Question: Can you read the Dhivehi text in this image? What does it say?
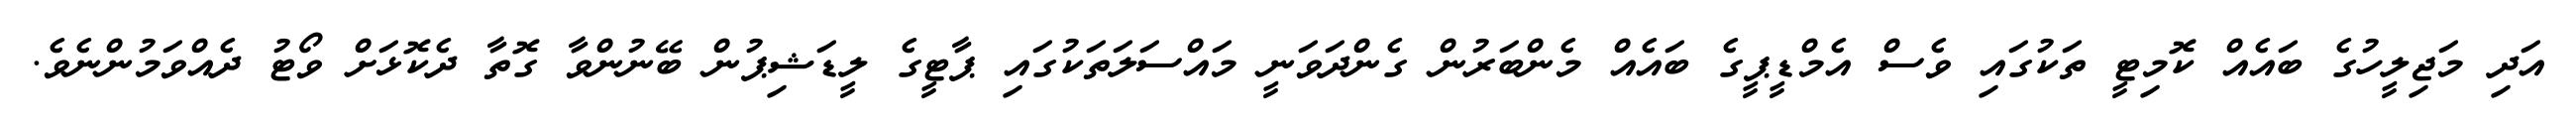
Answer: އަދި މަޖިލީހުގެ ބައެއް ކޮމިޓީ ތަކުގައި ވެސް އެމްޑީޕީގެ ބައެއް މެންބަރުން ގެންދަވަނީ މައްސަލަތަކުގައި ޕާޓީގެ ލީޑަޝިޕުން ބޭނުންވާ ގޮތާ ދެކޮޅަށް ވޯޓު ދެއްވަމުންނެވެ.